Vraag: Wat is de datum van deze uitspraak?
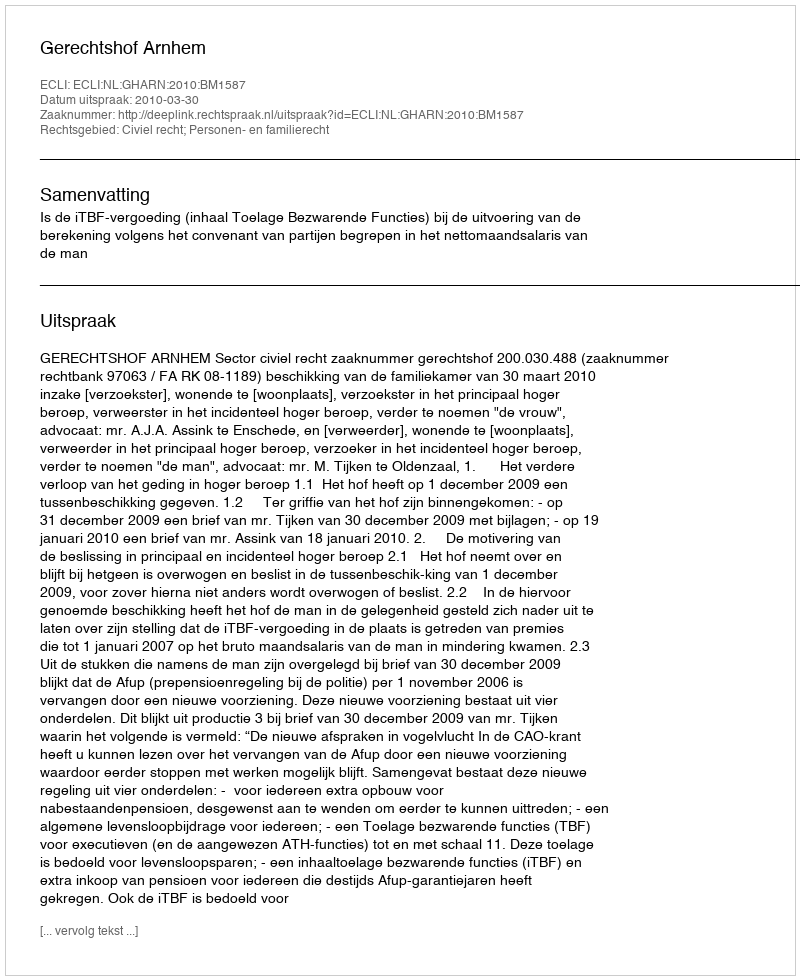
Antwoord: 2010-03-30